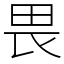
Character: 畏